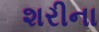
શરીના